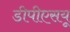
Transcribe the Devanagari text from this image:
डीपीएसयू